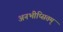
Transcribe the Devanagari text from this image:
अनभीप्सितम्